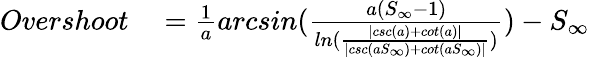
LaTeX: \begin{array}{rl}{Overshoot}&{{}=\frac{1}{a}arcsin(\frac{a(S_{\infty}-1)}{ln(\frac{|csc(a)+cot(a)|}{|csc(aS_{\infty})+cot(aS_{\infty})|})})-S_{\infty}}\end{array}